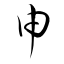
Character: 申